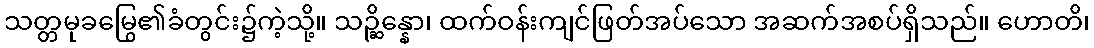
သတ္တမုခမြွေ၏ခံတွင်း၌ကဲ့သို့။ သဉ္ဆိန္နော၊ ထက်ဝန်းကျင်ဖြတ်အပ်သော အဆက်အစပ်ရှိသည်။ ဟောတိ၊